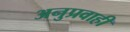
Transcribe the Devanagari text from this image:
अनुप्रवाही